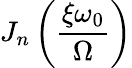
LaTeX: J_{n}\left(\frac{\xi\omega_{0}}{\Omega}\right)